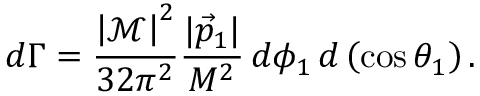
d \Gamma = { \frac { \left| { \mathcal { M } } \right| ^ { 2 } } { 3 2 \pi ^ { 2 } } } { \frac { | { \vec { p } } _ { 1 } | } { M ^ { 2 } } } \, d \phi _ { 1 } \, d \left( \cos \theta _ { 1 } \right) .